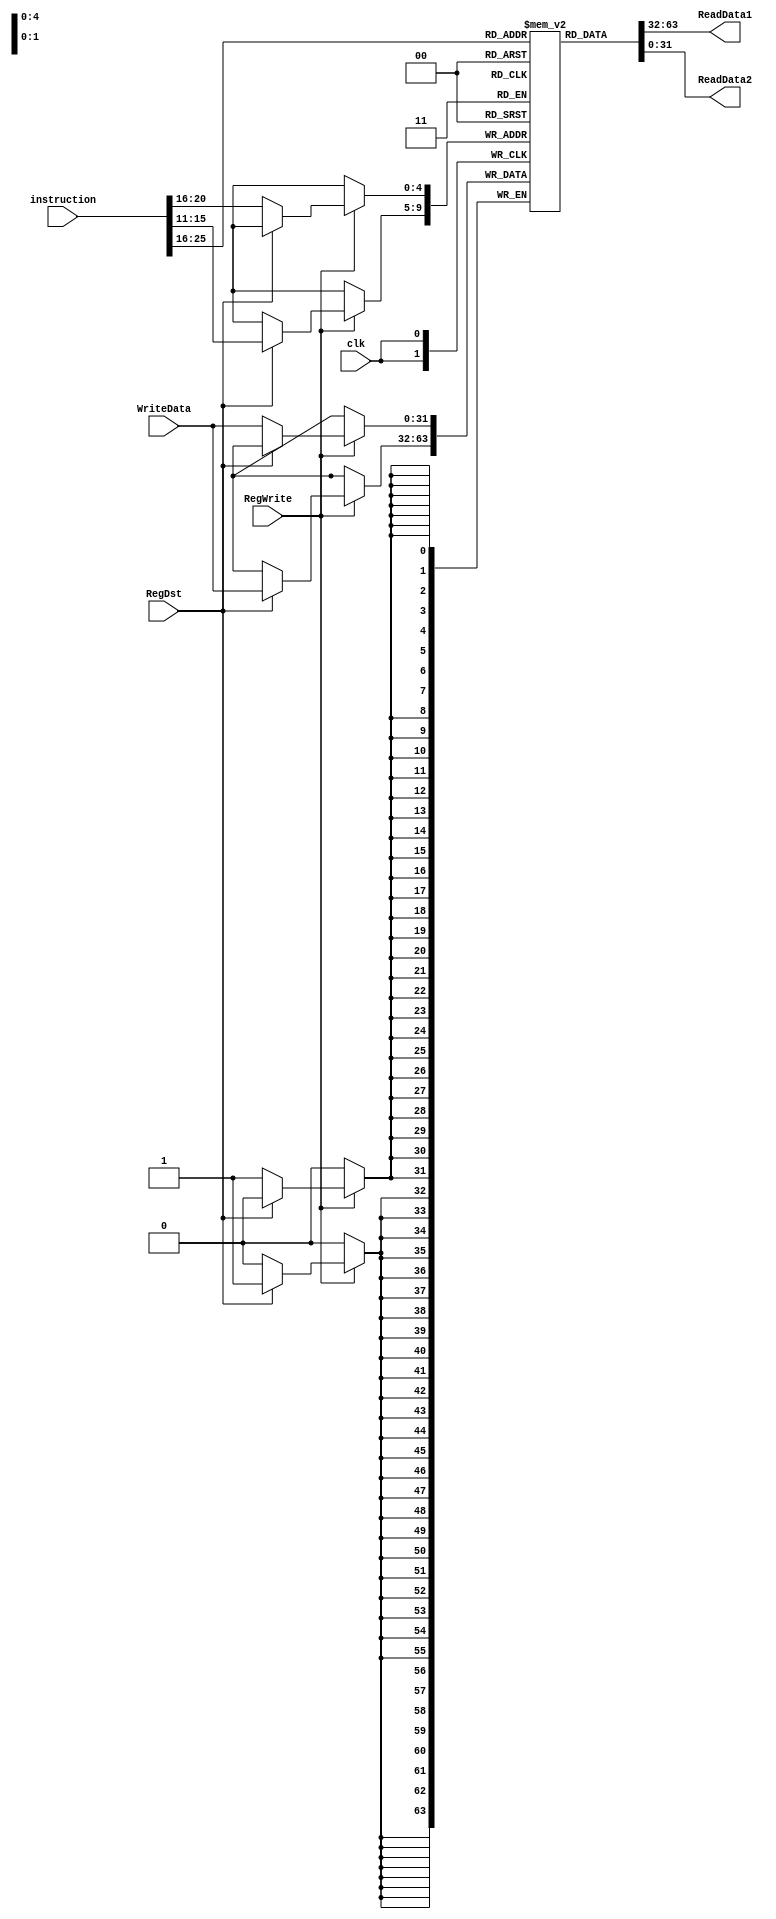
// module Veda (clk, reset, write_enable, address, data_in, data_out, mode);

// parameter scribble = 1'b0, interpret = 1'b1;
// input clk, reset, write_enable, mode;
// input [4:0] address;
// input [31:0] data_in;
// output reg [31:0] data_out;

// reg [31:0] memory [0:31];
// integer i;
// reg [31:0] intermediate_reg;

// always @ (posedge clk or posedge reset) begin
// 	if (reset) begin
// 		for (i = 0; i < 32; i = i + 1) begin
// 			memory[i] <= 32'b0;
// 		end
// 	end
// 	else begin
// 		if (write_enable && mode == scribble) begin
// 			memory[address] <= data_in;
// 			intermediate_reg <= data_in;
// 		end
// 		else if (write_enable) begin
// 			memory[address] <= data_in;
// 		end
// 		else if (mode == scribble) begin
// 			intermediate_reg <= data_in;
// 		end
// 		else if (mode == interpret) begin
// 			intermediate_reg <= memory[address];
// 		end
// 	end
// end

// always @ (posedge clk) begin
// 	data_out <= intermediate_reg;
// end

// endmodule

module Veda (
    input clk,
    input [31:0] instruction,  // the raw 32-bit instruction
    input RegWrite,
    input RegDst,
    input [31:0] WriteData,  // from WB stage
    output [31:0] ReadData1,
    output [31:0] ReadData2
);

  reg [31:0] RegData[31:0];  // register data

  // initialize the regester data
  integer i;
  initial begin
    for (i = 0; i < 32; i = i + 1) begin
      RegData[i] = 32'b0;
    end
  end

  assign ReadData1 = RegData[instruction[25:21]];
  assign ReadData2 = RegData[instruction[20:16]];

  always @(posedge clk) begin  // RegWrite, RegDst, WriteData, instruction)
    if (RegWrite == 1'b1) begin
      // $display("Reg_WriteData: 0x%H",WriteData);
      if (RegDst == 1'b0) begin
        RegData[instruction[20:16]] = WriteData;
      end else begin
        RegData[instruction[15:11]] = WriteData;
      end
    end
  end

endmodule